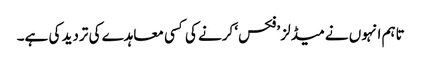
تاہم انہوں نے میڈلز ’فکس‘ کرنے کی کسی معاہدے کی تردید کی ہے۔